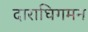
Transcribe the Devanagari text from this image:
दाराघिगमन